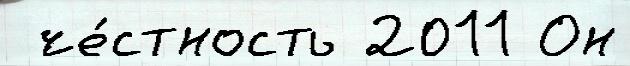
 че́стность 2011 Он